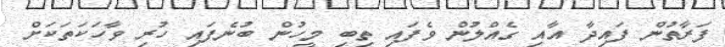
ފަރާތުން ފައިދާ އާއި ގެއްލުން ވެފައި ތިބި މީހުން ބުނެފައި ހުރި ވާހަކަތަކަށް